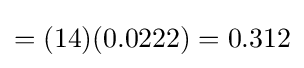
=(14)(0.0222)=0.312